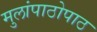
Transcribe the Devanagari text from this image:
मुलांपाठोपाठ